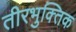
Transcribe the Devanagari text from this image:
तीरभुक्‍तिक